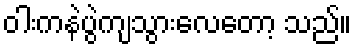
ဝါးကနဲပွဲကျသွားလေတော့ သည်။